Indian journal of veterinary science and animal husbandry - Volumes 24-25, 1954-1955
Year: 1954
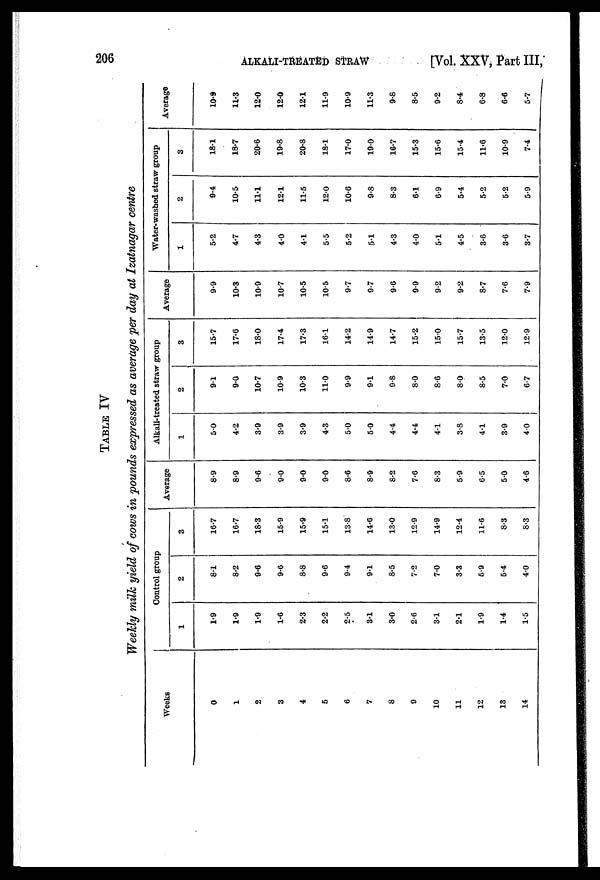
206
ALKALI-TREATED STRAW
[Vol. XXV, Part III,
TABLE IV
Weekly milk yield of cows in pounds expressed as average per day at Izatnagar centre
Weeks
0
1
2
3
4
5
6
7
8
9
10
11
12
13
14
Control group
1
1.9
1.9
1.9
1.6
2.3
2.2
2.5
3.1
3.0
2.6
3.1
2.1
1.9
1.4
1.5
2
8.1
8.2
9.6
9.6
8.8
9.6
9.4
9.1
8.5
7.2
7.0
3.3
5.9
5.4
4.0
3
16.7
16.7
18.3
15.9
15.9
15.1
13.8
14.6
13.0
12.9
14.9
12.4
11.6
8.3
8.3
Average
8.9
8.9
9.6
9.0
9.0
9.0
8.6
8.9
8.2
7.6
8.3
5.9
6.5
5.0
4.6
Alkali-treated straw group
1
5.0
4.2
3.9
3.9
3.9
4.3
5.0
5.0
4.4
4.4
4.1
3.8
4.1
3.9
4.0
2
9.1
9.0
10.7
10.9
10.3
11.0
9.9
9.1
9.8
8.0
8.6
8.0
8.5
7.0
6.7
3
15.7
17.6
18.0
17.4
17.3
16.1
14.2
14.9
14.7
15.2
15.0
15.7
13.5
12.0
12.9
Average
9.9
10.3
10.9
10.7
10.5
10.5
9.7
9.7
9.6
9.9
9.2
9.2
8.7
7.6
7.9
Water-washed straw group
1
5.2
4.7
4.3
4.0
4.1
5.5
5.2
5.1
4.3
4.0
5.1
4.5
3.6
3.6
3.7
2
9.4
10.5
11.1
12.1
11.5
12.0
10.6
9.8
8.3
6.1
6.9
5.4
5.2
5.2
5.9
3
18.1
18.7
20.6
19.8
20.8
18.1
17.0
19.0
16.7
15.3
15.6
15.4
11.6
10.9
7.4
Average
10.9
11.3
12.0
12.0
12.1
11.9
10.9
11.3
9.8
8.5
9.2
8.4
6.8
6.6
5.7